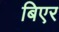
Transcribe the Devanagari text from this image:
बिएर